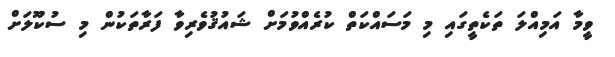
ވީމާ އަމިއްލަ ތަކެތީގައި މި މަސައްކަތް ކުރެއްވުމަށް ޝައުޤުވެރިވާ ފަރާތަކުން މި ސުކޫލަށް